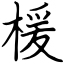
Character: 楥